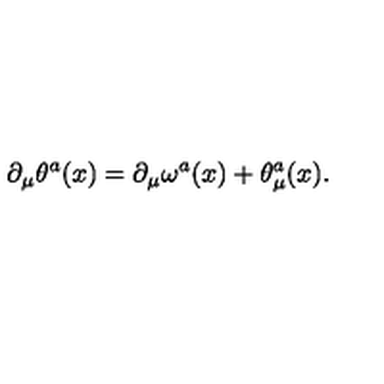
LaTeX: \partial _ { \mu } { \theta } ^ { a } ( x ) = \partial _ { \mu } { \omega } ^ { a } ( x ) + { \theta } _ { \mu } ^ { a } ( x ) .